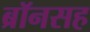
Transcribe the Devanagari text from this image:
ब्रॉनसह